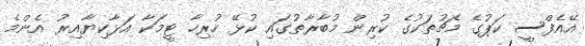
އޭއެފްސީ ކަޕުގެ މެޗުތަކުގެ ކުރިން މުބާރާތުގައި ކުޅޭ ހުރިހާ ޓީމަކާ އަޅާކިޔާއިރު އެންމެ